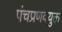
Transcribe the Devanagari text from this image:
पंचप्रणवयुक्त